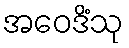
အဝေဒိံသု